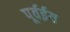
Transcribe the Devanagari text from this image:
पूर्वईय